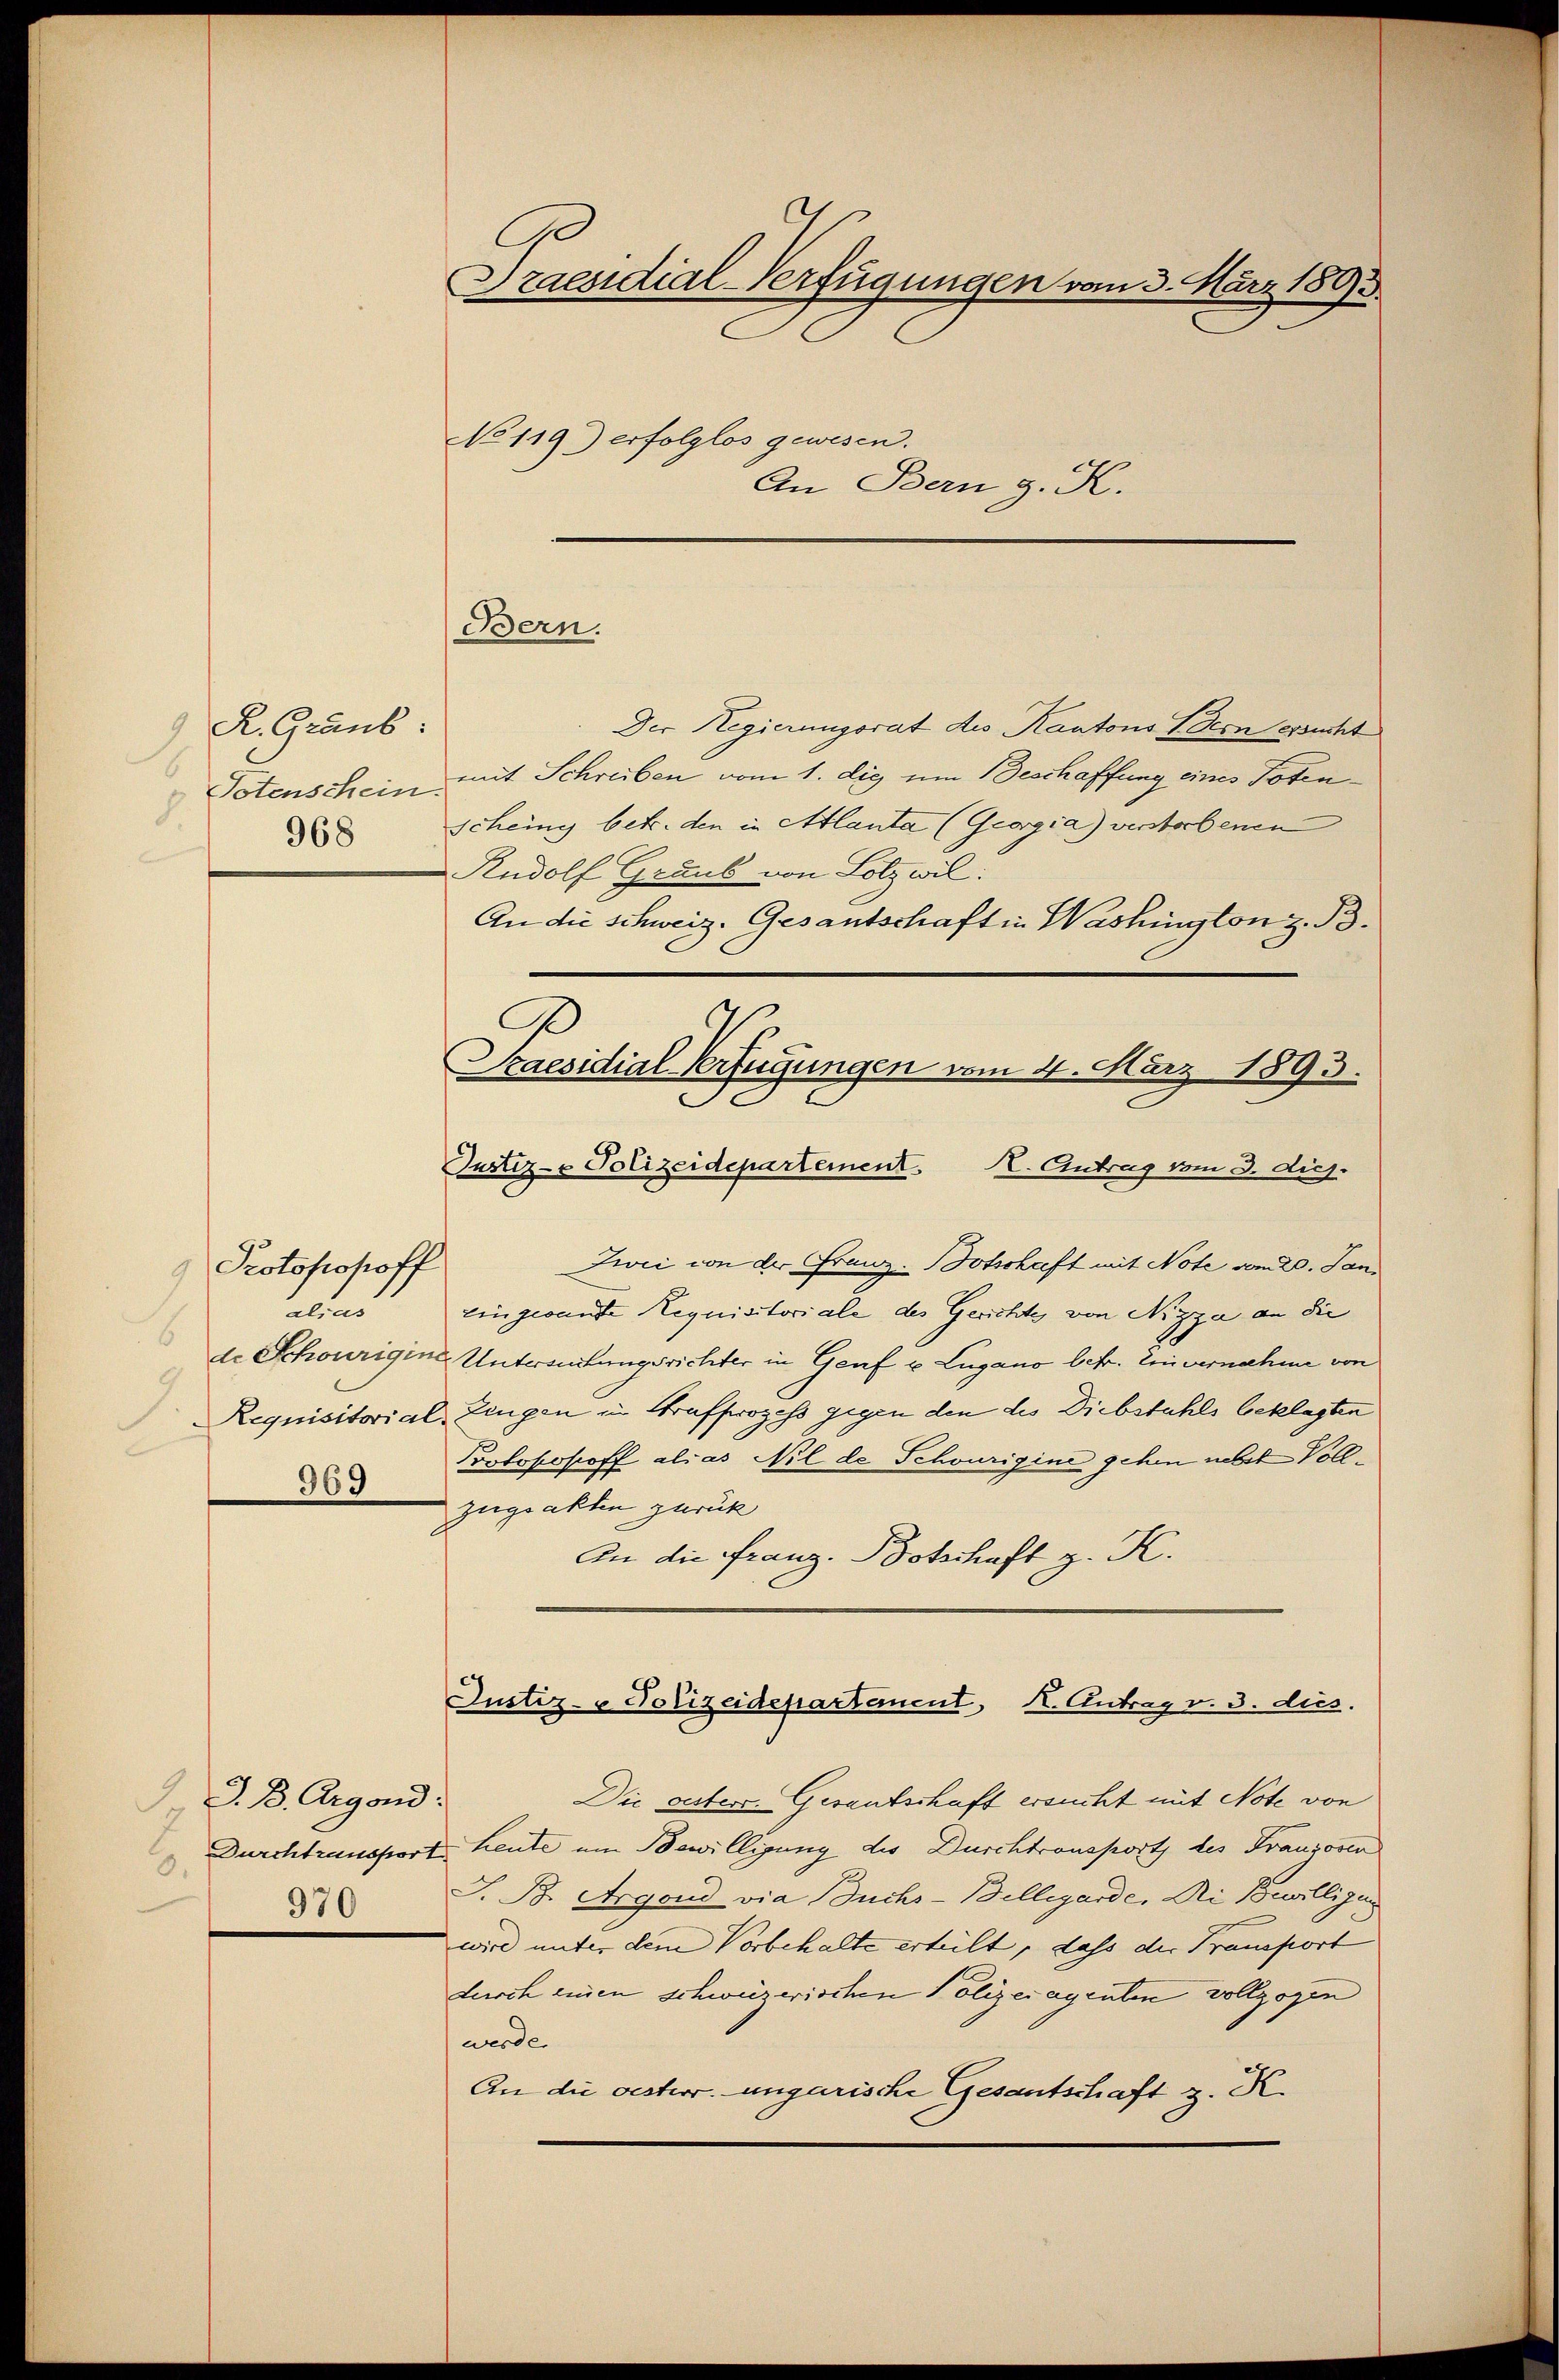
R. Graub:
6
Totenschein.
d
968

Protokosoff
alias
6
2.
969

Draesidial-Verfügungen vom 3. März 1893
No 119) erfolglos gewesen.
An Bern g. K.

Bern.

S. B. Argond.
6
970

Der Regierungsrat des Kantons Bern ersucht
mit Schreiben vom 1. die um Beschaffung eines Totenscheing betr. den in Atlanta (Georgia) verstorbenen
Rudolf Graub von Holz wil:
An die schweiz. Gesantschaft in Washington z. B.
Justiz- Polizeidepartement. I. Antrag vom 3. dich.
Zwei von der Franz-Botschaft mit Note vom 20. Jan.
Eingesandte Requisitoriale des Gerichte von Nizza an die
de Schönrigine Untersuchungsrichter in Genf u. Lugano betr. Einvernahme von
Requisitorial, Zeugen in Strafprozess gegen den des Diebstahls beklagten
Potopohoff alias Nil de Schwürigine gehen nebst Voll¬
Zugsakten zurück
In die Franz. Botschaft z. K.
Justiz- & Polizeidepartanent, K. Antrag v. 3. dies.
Die gestere Gesantschaft ersucht mit Note von
Durchtransport heute um Bewilligung des Durchtransport des Franzosen
S. B. Argond via Buchs-Billegarde, di Bewilligun
wird unter dem Vorbehalte erteilt, dass der Transport
durch einen schweizerischen Polizeiagenten vollzogen
werden
An die oesterr. ungarische Gesantschaft z. K.

Praesidial-Verfügungen vom 4. März 1893.